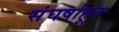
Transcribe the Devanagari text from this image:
संघर्षाहूत